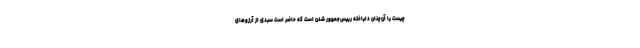
چیست یا آن‌چنان دلباخته رییس‌جمهور شدن است که حاضر است سبدی از آرزوهای